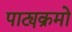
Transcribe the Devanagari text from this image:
पाट्यक्रमो